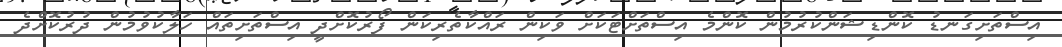
އިސްތަށިގަނޑު ކޮންޑިޝަންކުރުމުން ކޮންމެ އިސްތަށްޓަކަށް ވަކިން ރައްކާތެރިކަން ފޯރުކޮށްދީ އިސްތަށިތައް ހަލާކުވުމުން ދުރުކޮށްދެ